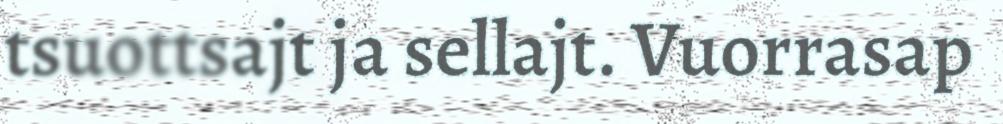
tsuottsajt ja sellajt. Vuorrasap